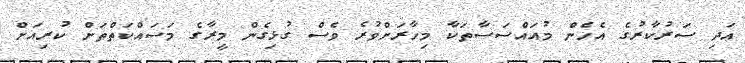
އަދި ސަރުކާރުގެ އެހެން މުއައްސަސާތަކާ މިހާރަށްވުރެ ވެސް ގުޅިގެން މީރާގެ މަސައްކަތްތަށް ކުރިއަށް